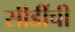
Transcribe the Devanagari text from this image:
सीडींची